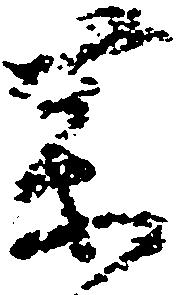
薬